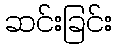
ဆင်းခြင်း